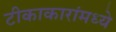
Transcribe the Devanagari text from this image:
टीकाकारांमध्ये